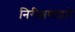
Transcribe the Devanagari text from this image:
निरीक्षणाद्वारे